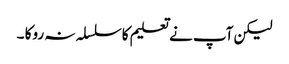
لیکن آپ نے تعلیم کاسلسلہ نہ روکا ۔